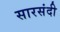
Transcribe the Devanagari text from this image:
सारसंदी